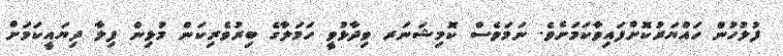
ފުލުހުން ހައްޔަރުކޮށްފައިވާކަމަށެވެ. ނަމަވެސް ކޮމިޝަނަރ ވިދާޅުވީ ހަމަލާގެ ބިރުވެރިކަން މުޅިން ފިލާ ދިޔައީކަމަށް